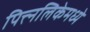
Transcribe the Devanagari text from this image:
पित्त्नलिकेमध्ये